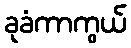
ခုခံကာကွယ်